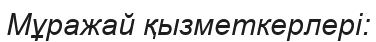
Мұражай қызметкерлері: